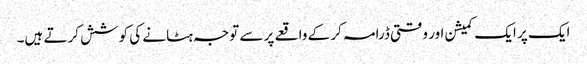
ایک پر ایک کمیشن اور وقتی ڈرامہ کر کے واقعے پر سے توجہ ہٹانے کی کوشش کرتے ہیں۔